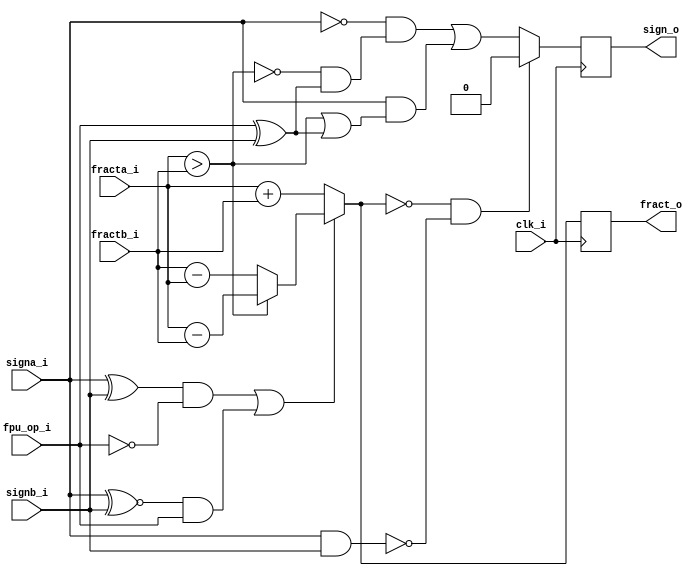
//////////////////////////////////////////////////////////////////////
////                                                              ////
////  or1200_fpu_addsub                                           ////
////                                                              ////
////  This file is part of the OpenRISC 1200 project              ////
////  http://opencores.org/project,or1k                           ////
////                                                              ////
////  Description                                                 ////
////  addition/subtraction entity for the addition/subtraction    ////
////  unit                                                        ////
////                                                              ////
////  To Do:                                                      ////
////                                                              ////
////                                                              ////
////  Author(s):                                                  ////
////      - Original design (FPU100) -                            ////
////        Jidan Al-eryani, jidan@gmx.net                        ////
////      - Conv. to Verilog and inclusion in OR1200 -            ////
////        Julius Baxter, julius@opencores.org                   ////
////                                                              ////
//////////////////////////////////////////////////////////////////////
//
//  Copyright (C) 2006, 2010
//
//	This source file may be used and distributed without        
//	restriction provided that this copyright statement is not   
//	removed from the file and that any derivative work contains 
//	the original copyright notice and the associated disclaimer.
//                                                           
//		THIS SOFTWARE IS PROVIDED ``AS IS'' AND WITHOUT ANY     
//	EXPRESS OR IMPLIED WARRANTIES, INCLUDING, BUT NOT LIMITED   
//	TO, THE IMPLIED WARRANTIES OF MERCHANTABILITY AND FITNESS   
//	FOR A PARTICULAR PURPOSE. IN NO EVENT SHALL THE AUTHOR      
//	OR CONTRIBUTORS BE LIABLE FOR ANY DIRECT, INDIRECT,         
//	INCIDENTAL, SPECIAL, EXEMPLARY, OR CONSEQUENTIAL DAMAGES    
//	(INCLUDING, BUT NOT LIMITED TO, PROCUREMENT OF SUBSTITUTE   
//	GOODS OR SERVICES; LOSS OF USE, DATA, OR PROFITS; OR        
//	BUSINESS INTERRUPTION) HOWEVER CAUSED AND ON ANY THEORY OF  
//	LIABILITY, WHETHER IN  CONTRACT, STRICT LIABILITY, OR TORT  
//	(INCLUDING NEGLIGENCE OR OTHERWISE) ARISING IN ANY WAY OUT  
//	OF THE USE OF THIS SOFTWARE, EVEN IF ADVISED OF THE         
//	POSSIBILITY OF SUCH DAMAGE. 
//

module or1200_fpu_addsub(
		 clk_i,
		 fpu_op_i,
		 fracta_i,
		 fractb_i,
		 signa_i,
		 signb_i,
		 fract_o,
		 sign_o);

   
   parameter FP_WIDTH = 32;
   parameter MUL_SERIAL = 0; // 0 for parallel multiplier, 1 for serial
   parameter MUL_COUNT = 11; //11 for parallel multiplier, 34 for serial
   parameter FRAC_WIDTH = 23;
   parameter EXP_WIDTH = 8;
   parameter ZERO_VECTOR = 31'd0;
   parameter INF = 31'b1111111100000000000000000000000;
   parameter QNAN = 31'b1111111110000000000000000000000;
   parameter SNAN = 31'b1111111100000000000000000000001;
		 
   input clk_i;
   input fpu_op_i;   
   input [FRAC_WIDTH+4:0] fracta_i;
   input [FRAC_WIDTH+4:0] fractb_i;
   input 		  signa_i;
   input 		  signb_i;
   output reg [FRAC_WIDTH+4:0] fract_o;
   output reg 		       sign_o;
   
   wire [FRAC_WIDTH+4:0]       s_fracta_i;
   wire [FRAC_WIDTH+4:0]       s_fractb_i;
   wire [FRAC_WIDTH+4:0]       s_fract_o;
   wire 		       s_signa_i, s_signb_i, s_sign_o;   
   wire 		       s_fpu_op_i;
   
   wire 		       fracta_gt_fractb;
   wire 		       s_addop;
   
   assign s_fracta_i = fracta_i;
   assign s_fractb_i = fractb_i;
   assign s_signa_i  = signa_i;
   assign s_signb_i  = signb_i;
   assign s_fpu_op_i = fpu_op_i;
   
   always @(posedge clk_i) 
     begin
	fract_o <= s_fract_o;
	sign_o <= s_sign_o;	
     end
   
   assign fracta_gt_fractb = s_fracta_i > s_fractb_i;
   
   // check if its a subtraction or an addition operation
   assign s_addop = ((s_signa_i ^ s_signb_i) & !s_fpu_op_i) |
		    ((s_signa_i ^~ s_signb_i) & s_fpu_op_i);
   
   // sign of result
   assign s_sign_o = ((s_fract_o == 28'd0) & !(s_signa_i & s_signb_i)) ? 0 :
		     (!s_signa_i & (!fracta_gt_fractb & (fpu_op_i^s_signb_i)))|
		     (s_signa_i & (fracta_gt_fractb | (fpu_op_i^s_signb_i)));
   
   // add/substract
   assign s_fract_o = s_addop ?
		      (fracta_gt_fractb ? s_fracta_i - s_fractb_i :
		       s_fractb_i - s_fracta_i) :
		      s_fracta_i + s_fractb_i;
   
		       
endmodule // or1200_fpu_addsub